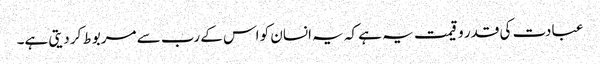
عبادت کی قدر و قیمت یہ ہے کہ یہ انسان کو اس کے رب سے مربوط کر دیتی ہے۔